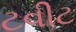
ટવીટ